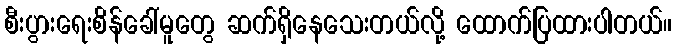
စီးပွားရေးစိန်ခေါ်မူတွေ ဆက်ရှိနေသေးတယ်လို့ ထောက်ပြထားပါတယ်။